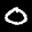
Label: 0